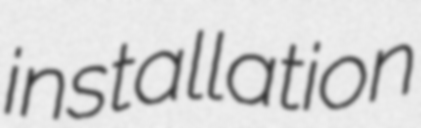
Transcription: installation